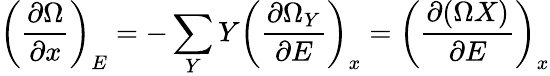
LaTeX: \left({\frac{\partial\Omega}{\partial x}}\right)_{E}=-\sum_{Y}Y\left({\frac{\partial\Omega_{Y}}{\partial E}}\right)_{x}=\left({\frac{\partial(\Omega X)}{\partial E}}\right)_{x}